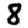
Digit: 8